Report on vaccination proceedings throughout the Government of Bengal -
Year: 1868
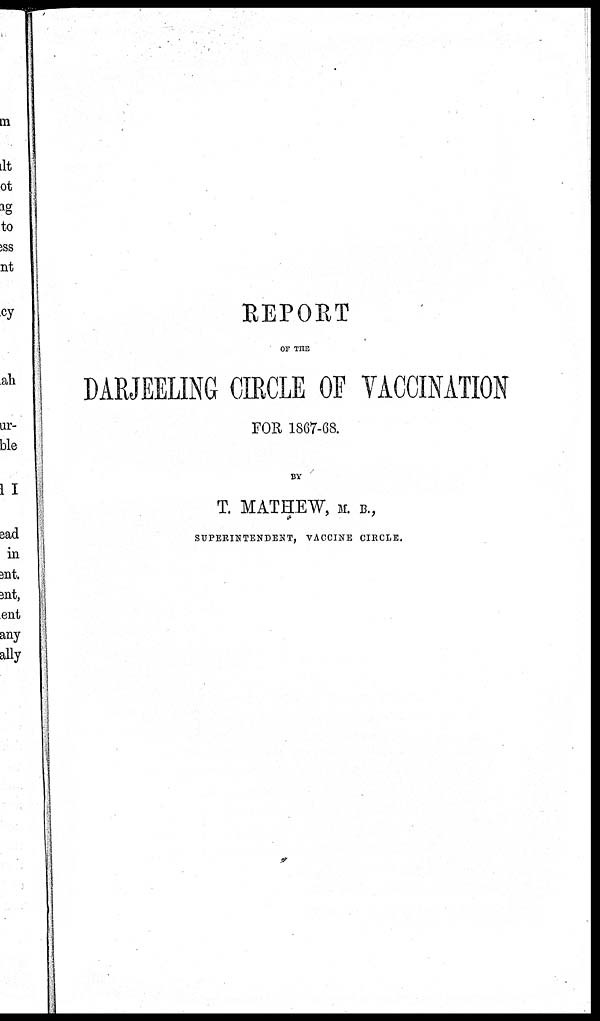
REPORT
OF THE
DARJEELING CIRCLE OF VACCINATION
FOR 1867-68.
BY
T. MATHEW, M. B.,
SUPERINTENDENT, VACCINE CIRCLE.